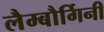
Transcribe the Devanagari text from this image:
लैम्बौर्गिनी